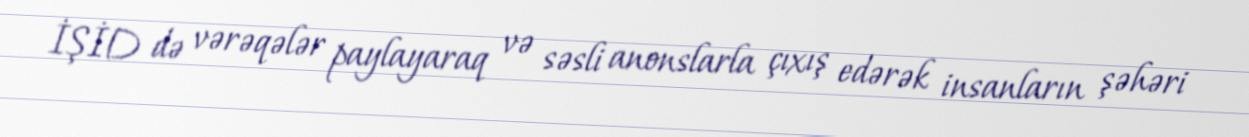
İŞİD də vərəqələr paylayaraq və səsli anonslarla çıxış edərək insanların şəhəri